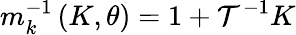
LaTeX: m_{k}^{-1}\left(K,\theta\right)=1+\mathcal{T}^{-1}K